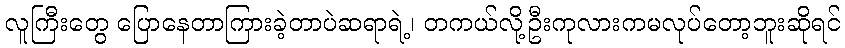
လူကြီးတွေ ပြောနေတာကြားခဲ့တာပဲဆရာရဲ့၊ တကယ်လို့ဦးကုလားကမလုပ်တော့ဘူးဆိုရင်